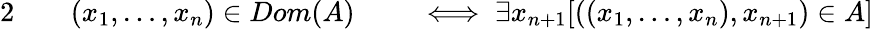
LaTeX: \begin{array}{rlrl}{{2}\quad}&{{}(x_{1},\ldots,x_{n})\in Dom(A)}&{}&{{}\iff\exists x_{n+1}[((x_{1},\ldots,x_{n}),x_{n+1})\in A]}\end{array}